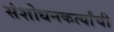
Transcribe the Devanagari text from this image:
संशोधनकर्त्यांची